Leaving Certificate Examination, 1906
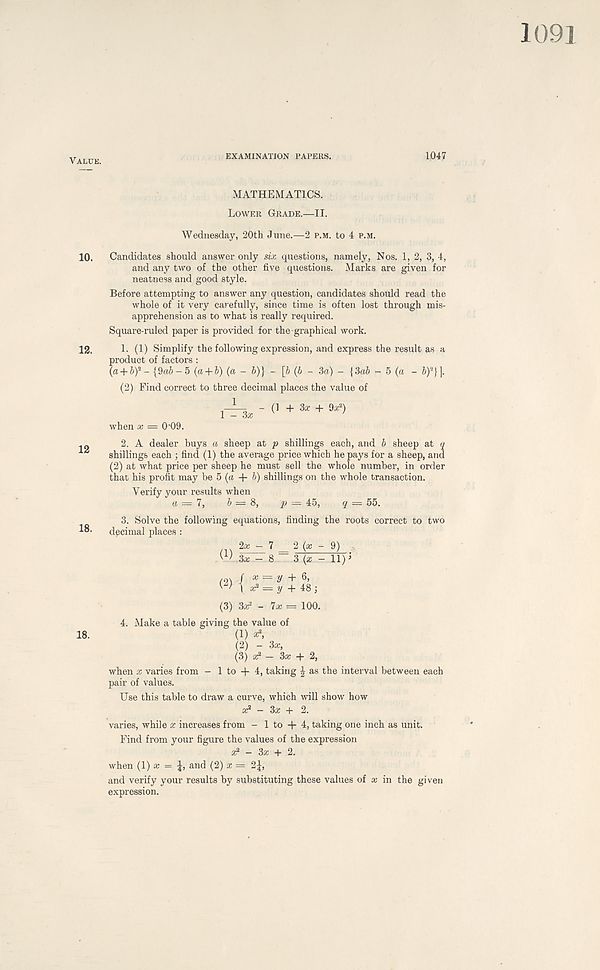
Value.
EXAMINATION PAPERS.
1047
MATHEMATICS.
Lower Grade.—II.
Wednesday, 20th June.—2 p.m. to 4 p.m.
10. Candidates should answer only six questions, namely, Nos. 1, 2, 3, 4,
and any two of the other five questions. Marks are given for
neatness and good style.
Before attempting to answer any question, candidates should read the
whole of it very carefully, since time is often lost through mis-
apprehension as to what is really required.
Square-ruled paper is provided for the graphical work.
12. 1- (1) Simplify the following expression, and express the result as a
product of factors :
(a + Vf - {9a&-5 (a + l) (a - b)} - [b (b - 3a) - \3ab - 5 (a - £>) 2 }].
(2) Find correct to three decimal places the value of
1-4-3* - 0 + 3* + «>
when x = 0'09.
12
18.
18.
2. A dealer buys a sheep at p shillings each, and b sheep at g
shillings each ; find (1) the average price which he pays for a sheep, and
(2) at what price per sheep he must sell the whole number, in order
that his profit may be 5 (a + b) shillings on the whole transaction.
Verify your results when
a = 7, b = 8, p — 45, q = 55.
3. Solve the following equations, finding the roots correct to two
decimal places :
(1).
2a: — 7 2 (a: - 9)
3x - 8 ~ 3 (a; - 11) J
( 2 > {5
= 2/ + 6,
= y + 48 ;
(3) 3* 3 - 7a: = 100.
4. Make a table giving the value of
(1) a*
(2) - 3a;,
(3) a? - 3x + 2,
when x varies from - 1 to -f 4, taking J as the interval between each
pair of values.
Use this table to draw a curve, which will show how
a; 2 - 3a; + 2.
varies, while x increases from - 1 to + 4, taking one inch as unit.
Find from your figure the values of the expression
af* - 3a; + 2.
when (1) x = and (2) x — 2\,
and verify your results by substituting these values of x in the given
expression.